Annual administration report of the Civil Veterinary Department, Sind - 1940-1941
Year: 1940
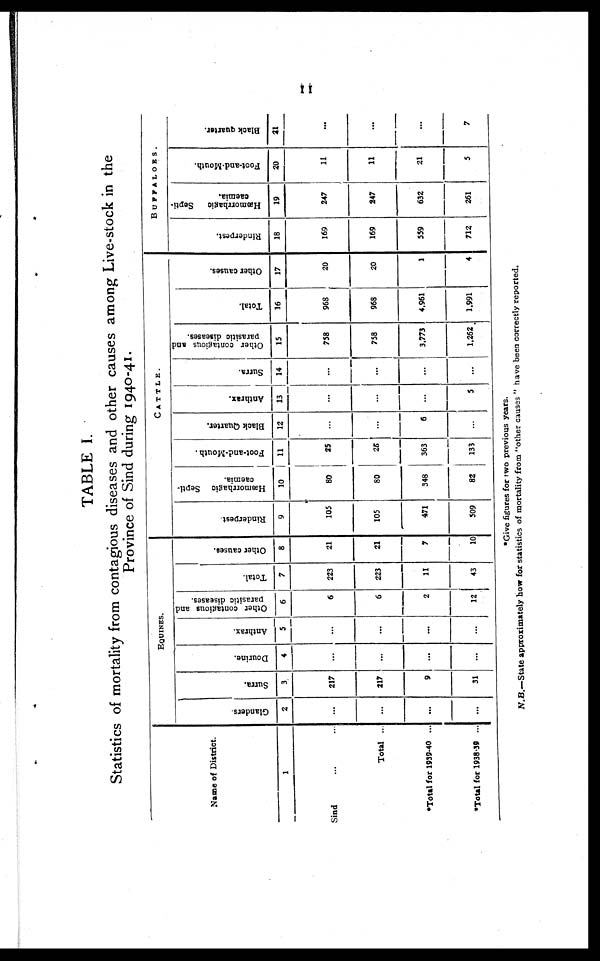
11
TABLE I.
Statistics of mortality from contagious diseases and other causes among Live-stock in the
Province of Sind during 1940-41.
Name of District.
1
Sind ... ...
Total ...
*Total for 1939-40 ...
*Total for 1938-39 ...
EQUINES.
Glanders.
2
...
...
...
...
Surra.
3
217
217
9
31
Dourine.
4
...
...
...
...
Anthrax.
5
...
...
...
...
Other contagious and
parasitic diseases.
6
6
6
2
12
Total.
7
223
223
11
43
Other causes.
8
21
21
7
10
CATTLE.
Rinderpest
9
105
105
471
509
Hæmorrhagic Septi-
caemia.
10
80
80
348
82
Foot-and-Mouth.
11
25
25
363
133
Black Quarter.
12
...
...
6
...
Anthrax.
13
...
...
...
5
Surra.
14
...
...
...
...
Other contagious and
parasitic diseases.
15
758
758
3,773
1,262
Total.
16
968
968
4,961
1,991
Other causes.
17
20
20
1
4
BUFFALOES.
Rinderpest.
18
169
169
559
712
Hæmorrhagic Septi-
caemia.
19
247
247
632
261
Foot-and-Mouth.
20
11
11
21
5
Black quarter.
21
...
...
...
7
*Give figures for two previous years.
N.B.—State approximately how for statistics of mortality from "other causes" have been correctly reported.